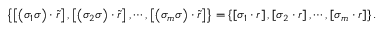
\left\{ \left[ \left( \sigma _ { 1 } \sigma \right) \cdot \tilde { r } \right] , \left[ \left( \sigma _ { 2 } \sigma \right) \cdot \tilde { r } \right] , \cdots , \left[ \left( \sigma _ { m } \sigma \right) \cdot \tilde { r } \right] \right\} = \left\{ \left[ \sigma _ { 1 } \cdot r \right] , \left[ \sigma _ { 2 } \cdot r \right] , \cdots , \left[ \sigma _ { m } \cdot r \right] \right\} .